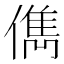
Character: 儁